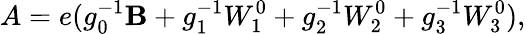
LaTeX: A=e(g_{0}^{-1}\mathbf{B}+g_{1}^{-1}W_{1}^{0}+g_{2}^{-1}W_{2}^{0}+g_{3}^{-1}W_{3}^{0}),